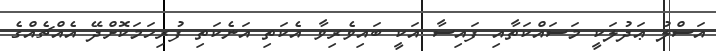
އަސްލު ޢަދުލަކީ މަސައްކަތާއި ފައިސާ އަކީ ބައިވެރިވާ އެކަތި އަނެކަތި ފުރިހަމަކޮށްދޭ އެއްޗެއްގެ